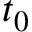
t _ { 0 }